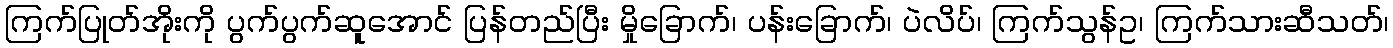
ကြက်ပြုတ်အိုးကို ပွက်ပွက်ဆူအောင် ပြန်တည်ပြီး မှိုခြောက်၊ ပန်းခြောက်၊ ပဲလိပ်၊ ကြက်သွန်ဥ၊ ကြက်သားဆီသတ်၊